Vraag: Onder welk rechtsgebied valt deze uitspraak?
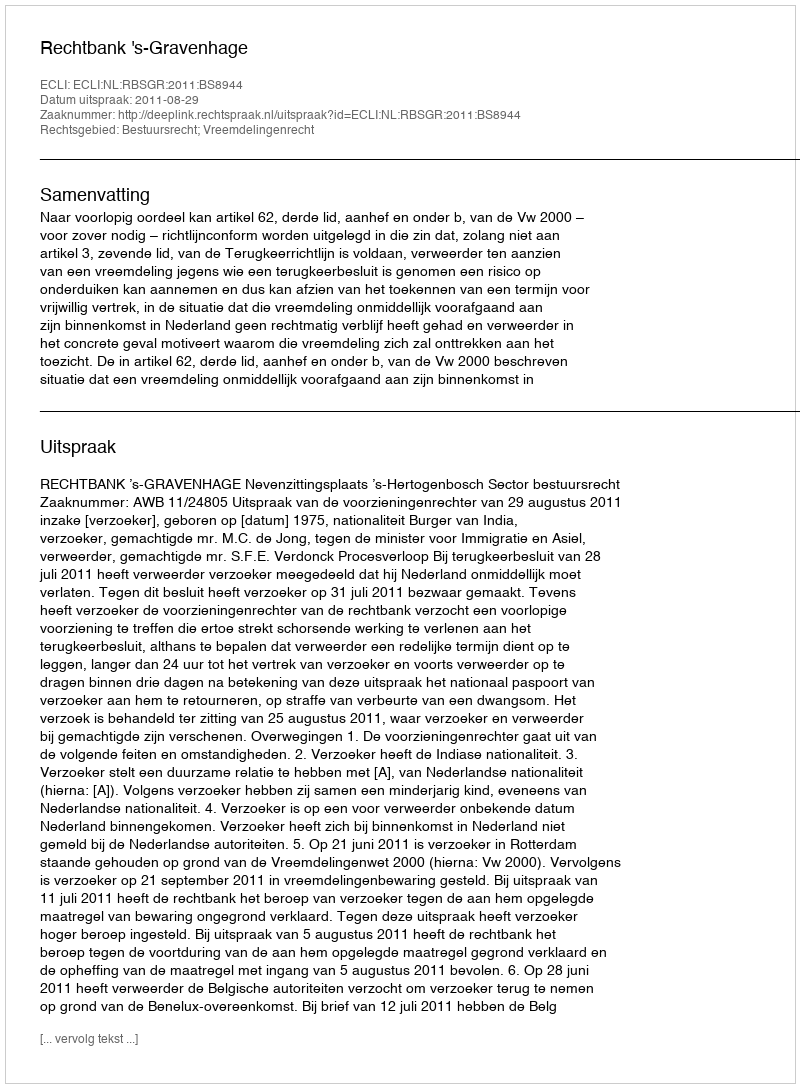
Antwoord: Bestuursrecht; Vreemdelingenrecht